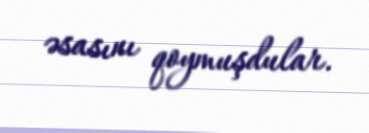
əsasını qoymuşdular.